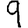
Digit: 9